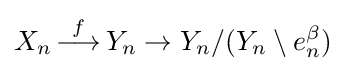
X_{n}\,{\stackrel {f}{\longrightarrow }}\,Y_{n}\to Y_{n}/(Y_{n}\setminus e_{n}^{\beta })